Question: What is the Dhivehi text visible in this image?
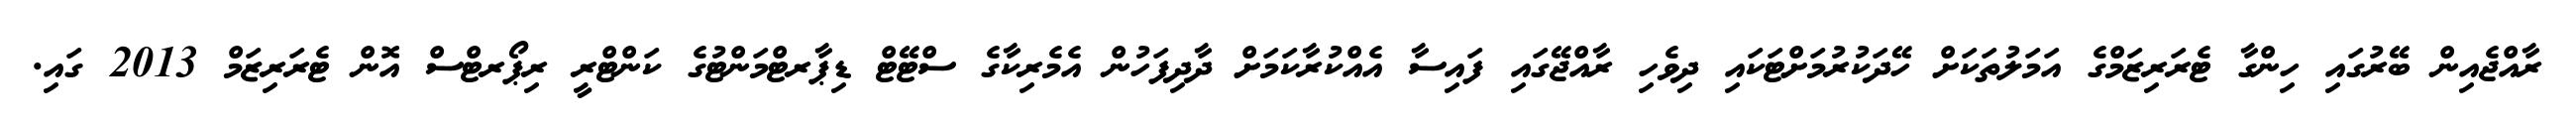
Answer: ރާއްޖެއިން ބޭރުގައި ހިންގާ ޓެރަރިޒަމްގެ އަމަލުތަކަށް ހޭދަކުރުމަށްޓަކައި ދިވެހި ރާއްޖޭގައި ފައިސާ އެއްކުރާކަމަށް ދާދިފަހުން އެމެރިކާގެ ސްޓޭޓް ޑިޕާރޓްމަންޓުގެ ކަންޓްރީ ރިޕޯރޓްސް އޮން ޓެރަރިޒަމް 2013 ގައި.